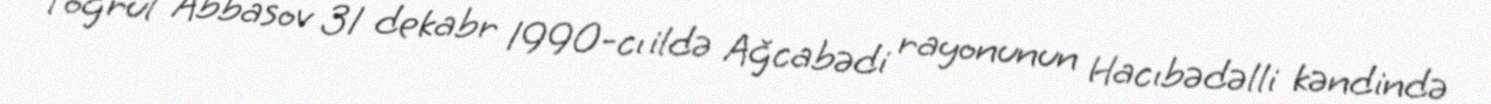
Toğrul Abbasov 31 dekabr 1990-cı ildə Ağcabədi rayonunun Hacıbədəlli kəndində